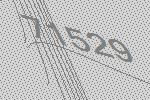
71529